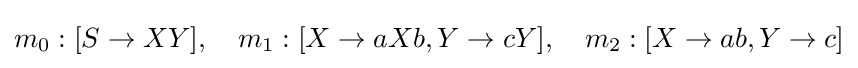
m_{0}:[S\rightarrow XY],\quad m_{1}:[X\rightarrow aXb,Y\rightarrow cY],\quad m_{2}:[X\rightarrow ab,Y\rightarrow c]